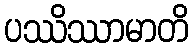
ပဿိဿာမာတိ